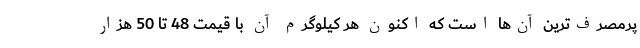
پرمصرف‌ترین آن‌ها است که اکنون هر کیلوگرم آن با قیمت 48 تا 50 هزار